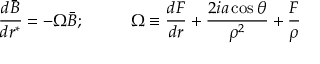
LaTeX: \frac { d \bar { B } } { d r ^ { * } } = - \Omega \bar { B } ; \; \; \; \; \; \; \; \; \; \; \Omega \equiv \frac { d F } { d r } + \frac { 2 i a \cos \theta } { \rho ^ { 2 } } + \frac { F } { \rho }